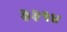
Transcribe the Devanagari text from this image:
३३१४